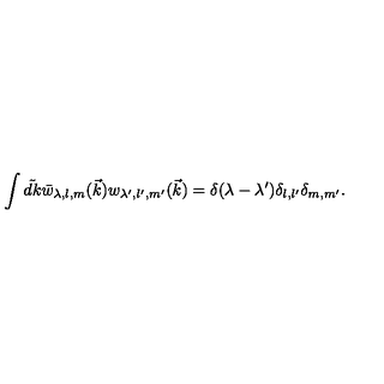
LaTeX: \int \tilde { d k } \bar { w } _ { \lambda , l , m } ( \vec { k } ) w _ { \lambda ^ { \prime } , l ^ { \prime } , m ^ { \prime } } ( \vec { k } ) = \delta ( \lambda - \lambda ^ { \prime } ) \delta _ { l , l ^ { \prime } } \delta _ { m , m ^ { \prime } } .